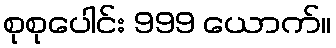
စုစုပေါင်း 999 ယောက်။